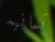
ثمانيه